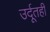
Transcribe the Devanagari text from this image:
उर्दूतही